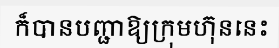
ក៏បានបញ្ជាឱ្យក្រុមហ៊ុននេះ